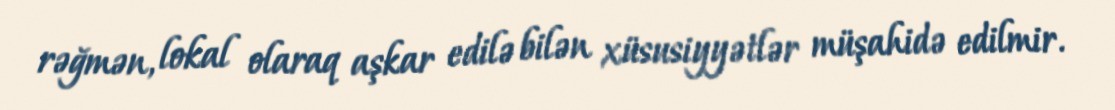
rəğmən, lokal olaraq aşkar edilə bilən xüsusiyyətlər müşahidə edilmir.